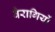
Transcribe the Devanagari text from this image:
वैरागियों